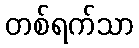
တစ်ရက်သာ